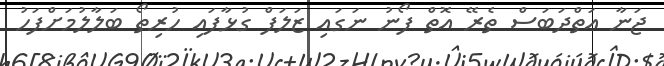
ޖަނާ އަތްދަބަސް ތެރޭ އޮތް ފޯނު ނަގައި ޒަލަފް ގުޅާފައި ހުރިތޯ ބަލާލުމަށްފަހު